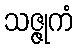
သဇ္ဇုကံ